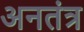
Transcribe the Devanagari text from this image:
अनतंत्र